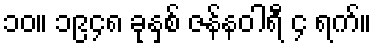
၁၀။ ၁၉၄၈ ခုနှစ် ဇန်နဝါရီ ၄ ရက်။